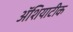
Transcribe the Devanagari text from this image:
ॲशियाटीक